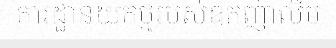
ការដ្ឋានយកថ្មរបស់ឧកញ៉ាលឹម